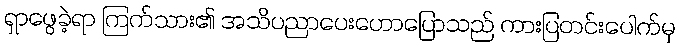
ရှာဖွေခဲ့ရာ ကြက်သား၏ အသိပညာပေးဟောပြောသည် ကားပြတင်းပေါက်မှ